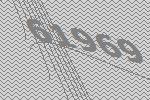
61969